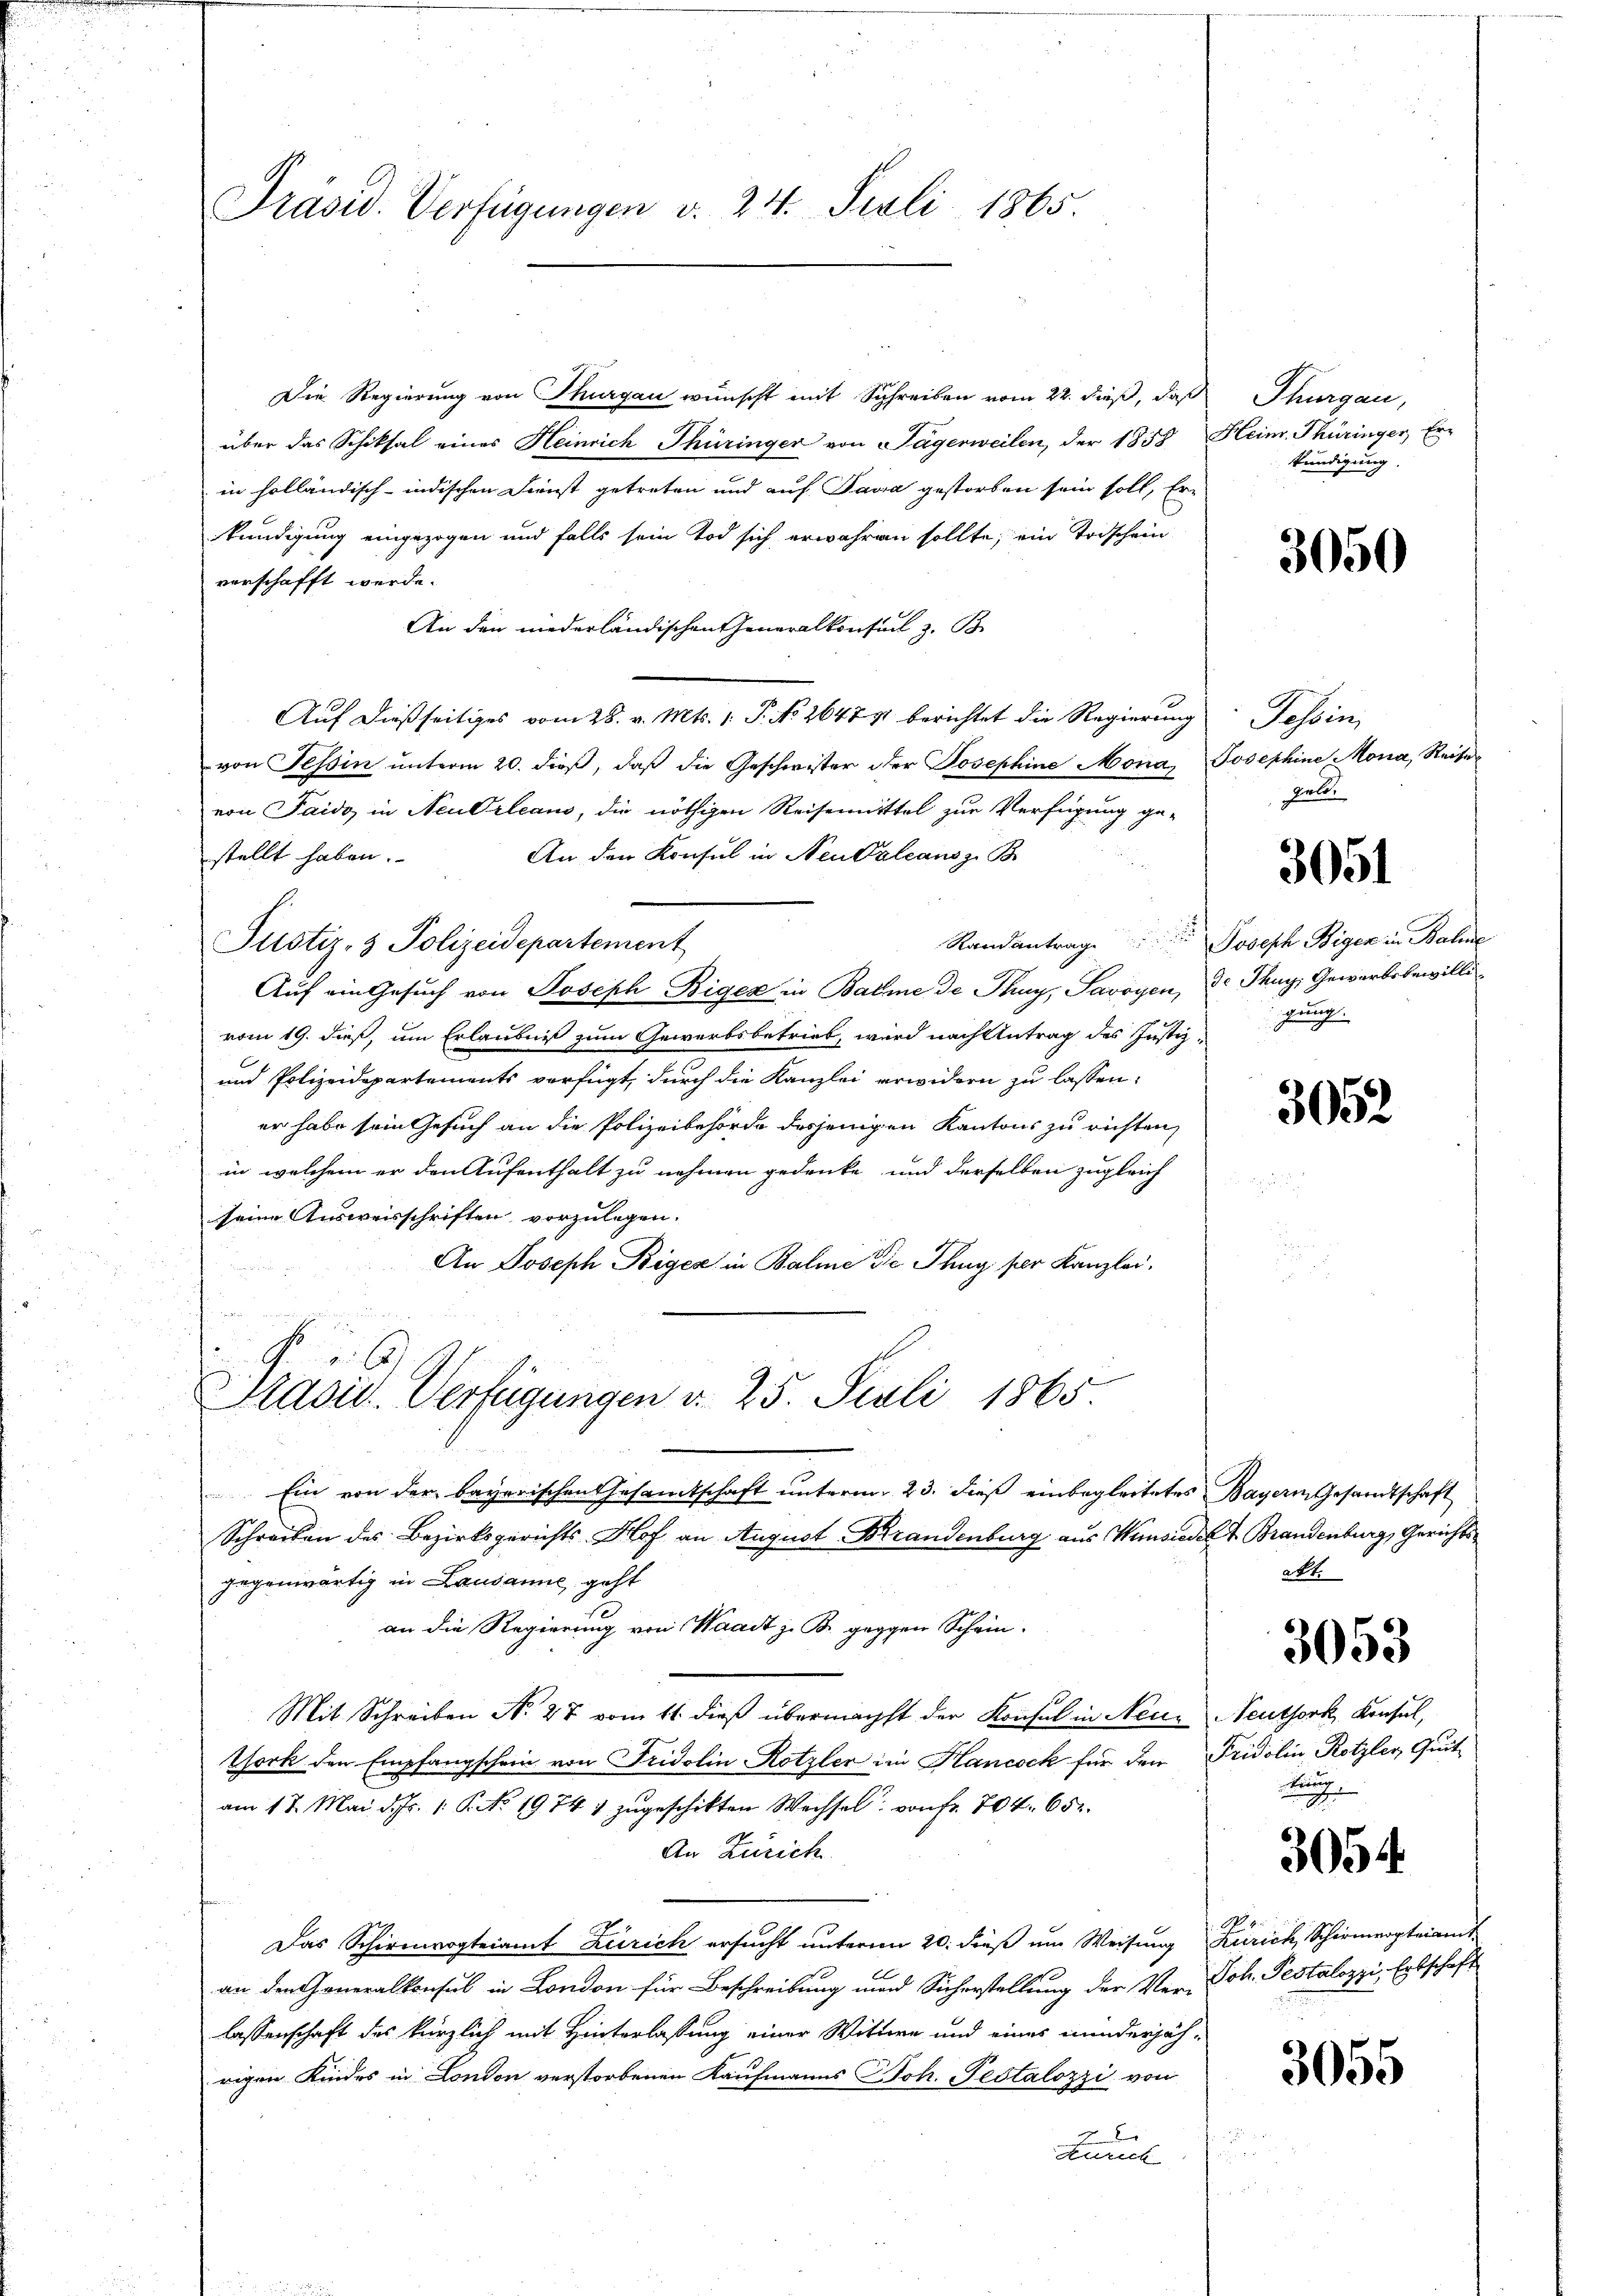
Präsid. Verfügungen v. 24. Juli 1865.

Die Regierung von Thurgau wünscht mit Schreiben vom 22. dieß, daß Thurgau,
über das Schiksal eines Heinrich Thüringer von Tägerweilen, der 1858
in holländisch-indischen Dienst getreten und auf Java gestorben sein soll, Erkündigung eingezogen und falls sein Tod sich erwähren sollte, ein Trischein
verschafft werde.
An den niederländischen Generalkonsul z. B.
Auf dießseitiges vom 28. v. Mts. v. P. No 264771 berichtet die Regierung: Tessin,
von Tessin unterm 20. dieß, daß die Geschwister der Josephine Mona, Josephine Mona, Reise
von Paido in Neu Orleans, die nöthigen Reisenmittel zur Verfügung ge-
An den Konsul in Neudaleansz B
stellt haben.
Justiz- & Polizeidepartement
Auf ein Gesuch von Joseph Bigen in Balme de Thay, Savoyen, Thay, Gewerbsbewillivom 19. dieß, um Erlaubniß zum Gewerbsbetrieb, wird nach Antrag des Justiz¬
und Polizeidepartements verfügt, durch die Kanzlei erwidern zu lassen,
er habe sein Gesuch an die Polizeibehörde desjenigen Kantons zu richten,
in welchem er den Aufenthalt zu nehmen gedenke und derselben zugleich
seine Ausweisschriften vorzulegen.
An Joseph Biger in Balme die Thug per Kanzlei,
Präsid. Verfügungen v. 25. Juli 1865
Ein von der bayerischen Gesamtschaft unterm 23. dieß einbegleitetes Bayern Gesandtschaft
Schreiben des Bezirksgerichts-Hof an August Brandenburg aus Hinsiedelt Brandenburg, Gerichtsgegenwärtig in Lausanne, geht
an die Regierung von Waadt z. B. gegen Schein¬
Mit Schreiben No 27 vom 11. dieß übernächst der Konsul in Neue Neuthork, Konsul,
Tork den Empfangschein von Fridolin Rotzler im Hancock für den Fridolin, Rotzler, Quit
am 17. Mai d. Js. 1. P. No. 1974 1 zŭgeschikten Wechsel von fr. 704. 65.
An Zürich
Das Schirmvogteiamt Zürich ersucht unterm 20. dieß um Weisung Zürich, Schirmerpteiamt
an den Generalkonsul in London für Beschreibung und Sicherstellung der Ver- Joh. Pestalozzi, Erbschaft
lassenschaft des kürzlich mit Hinterlassung einer Wittwe und eines minderjäh-
rigen Kindes in London verstorbenen Kaufmanns Joh. Pestalozzi von
Zürich

Heim. Thüringer Erkündigung.

3050

Bele

3051

Randantrag. Joseph Biger in Balme
gung.

3052

akt.

3053

kung

3054

3055